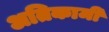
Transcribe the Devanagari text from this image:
अतिकामी